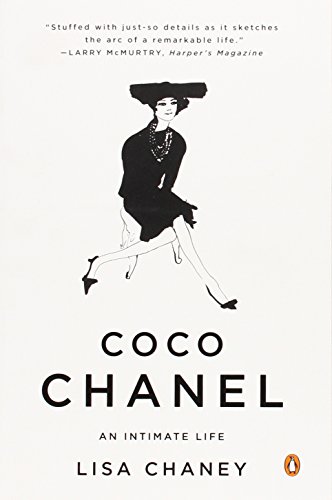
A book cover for Coco Chanel: An Intimate Life; Lisa Chaney; Biographies & Memoirs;